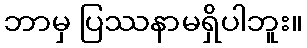
ဘာမှ ပြဿနာမရှိပါဘူး။